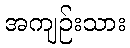
အကျဉ်းသား